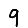
Digit: 9